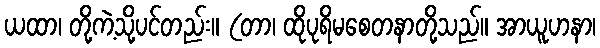
ယထာ၊ တို့ကဲ့သို့ပင်တည်း။ (တာ၊ ထိုပုရိမစေတနာတို့သည်။ အာယူဟနာ၊